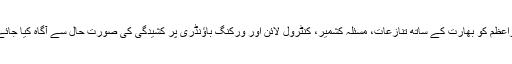
وزیراعظم کو بھارت کے ساتھ تنازعات، مسئلہ کشمیر، کنٹرول لائن اور ورکنگ باؤنڈری پر کشیدگی کی صورت حال سے آگاہ کیا جائے گا۔